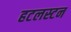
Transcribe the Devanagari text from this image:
हटलस्टन